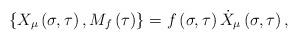
LaTeX: \begin{align*}\left\{ X_\mu \left( \sigma ,\tau \right) ,M_f\left( \tau \right) \right\}=f\left( \sigma ,\tau \right) \dot X_\mu \left( \sigma ,\tau \right) ,\end{align*}